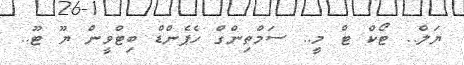
ޔަލް.. ޓޯކް ޓް މީ.. ސަމްތިންގް ހެޕެންޑް ބިޓްވީން ޔޫ ޓޫ..